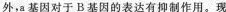
外，a基因对于B基因的表达有抑制作用。现